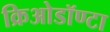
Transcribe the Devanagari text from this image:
क्रिओडॉण्टा